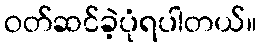
ဝတ်ဆင်ခဲ့ပုံရပါတယ်။